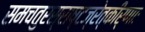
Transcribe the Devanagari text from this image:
समचतुरस्राष्टज्रेत्कीर्णाः